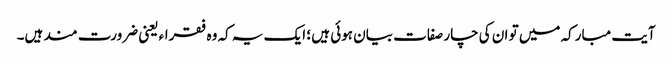
آیت مبارکہ میں تو ان کی چار صفات بیان ہوئی ہیں ؛ ایک یہ کہ وہ فقراء یعنی ضرورت مند ہیں۔